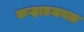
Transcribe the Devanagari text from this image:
कऱ्हाडजवळ